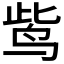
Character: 𪉈